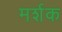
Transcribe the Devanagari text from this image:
मर्शक